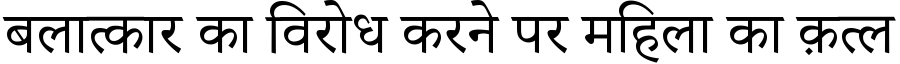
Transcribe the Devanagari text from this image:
बलात्कार का विरोध करने पर महिला का क़त्ल